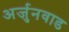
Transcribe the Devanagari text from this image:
अर्जुनवाड